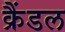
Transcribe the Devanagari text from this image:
क्रैंडल